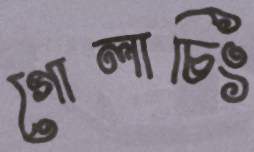
গোলাচিং